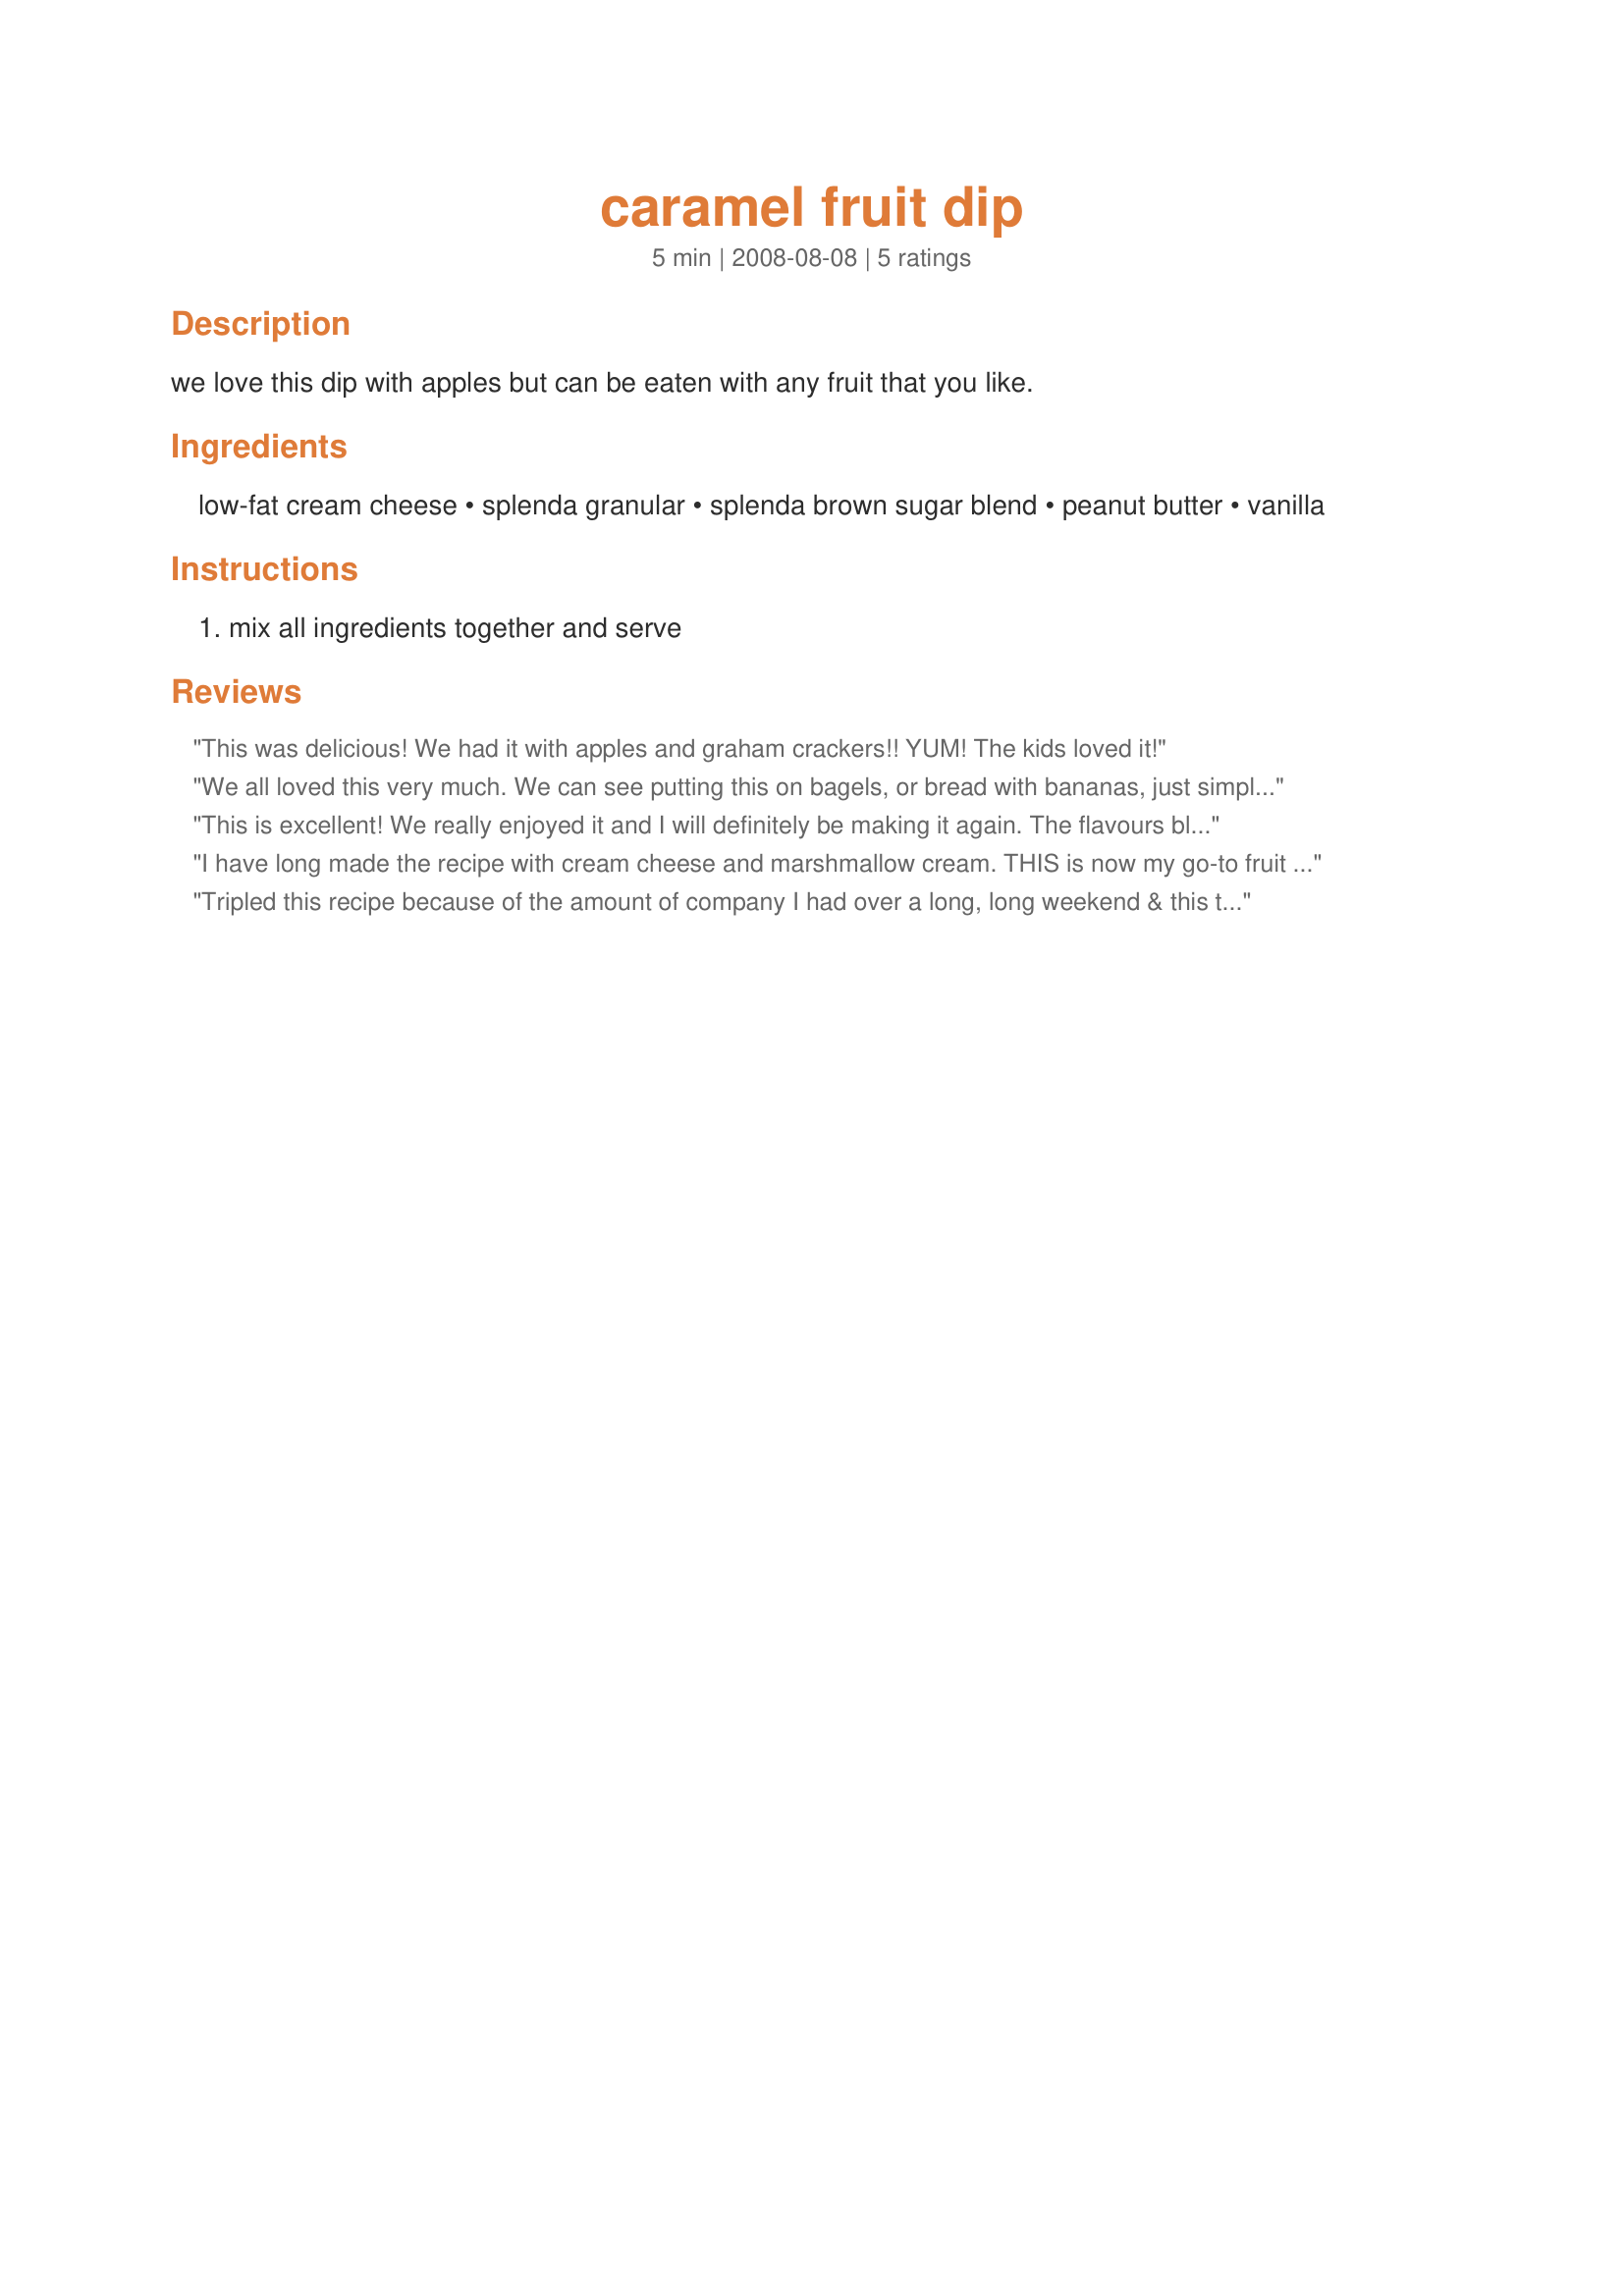
caramel fruit dip
Preparation time: 5 minutes

we love this dip with apples but can be eaten with any fruit that you like.

Ingredients:
low-fat cream cheese, splenda granular, splenda brown sugar blend, peanut butter, vanilla

Steps:
mix all ingredients together and serve

Reviews:
This was delicious! We had it with apples and graham crackers!! YUM! The kids loved it!
We all loved this very much. We can see putting this on bagels, or bread with bananas, just simply YUM! The only thing that puzzles us is the title. ;)
This is excellent! We really enjoyed it and I will definitely be making it again. The flavours blend together beautifully. Thanks for a keeper! Made for Please Review My Recipe.
I have long made the recipe with cream cheese and marshmallow cream. THIS is now my go-to fruit dip! So easy to make and EXCELLLENT. I made a batch without peanut butter and added some maple extract. Equally good. Great find for my diabetic neighbor, too!
Tripled this recipe because of the amount of company I had over a long, long weekend & this turned out to be used more as a spread than a dip! Still GREAT no matter how it's used, but OUTSTANDING on a square of dense whole wheat bread! [Tagged, made & reviewed in 1-2-3 Hit Wonders cooking game]
